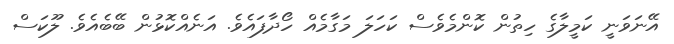
އޭނަވަނީ ކަމީލާގެ ހިތުން ކޮންމެވެސް ކަހަލަ މަގާމެއް ހޯދާފައެވެ. އަނެއްކޮޅުން ބޭބެއެވެ. ލޫކަސް